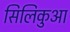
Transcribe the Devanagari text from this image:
सिलिकुआ